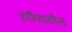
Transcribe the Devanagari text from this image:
हरीणातील